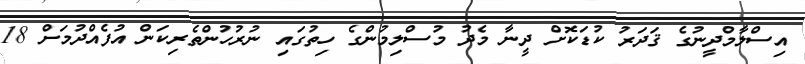
އިސްލާމްދީނުގެ ޤަދަރު ކުޑަކޮށް ދީނާ މެދު މުސްލިމުންގެ ހިތުގައި ނުރުހުންތެރިކަން އުފެއްދުމަށް 18